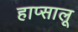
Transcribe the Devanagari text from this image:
हाप्सालू